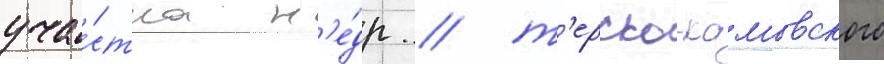
уча́стка н'е́др / т'ерско-камовского